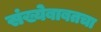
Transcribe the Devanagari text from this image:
संख्येबाबतचा